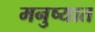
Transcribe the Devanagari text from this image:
मनुष्यात